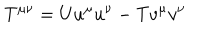
LaTeX: T ^ { \mu \nu } = U u ^ { \mu } u ^ { \nu } - T v ^ { \mu } v ^ { \nu }